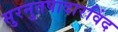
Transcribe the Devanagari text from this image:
सुरनुतपादारविंद